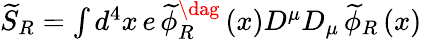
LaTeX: \begin{array}{r}{\widetilde{S}_{R}=\int d^{4}x\, e\, \widetilde{\phi}_{R}^{\dag}\left(x\right)D^{\mu}D_{\mu}\, \widetilde{\phi}_{R}\left(x\right)}\end{array}